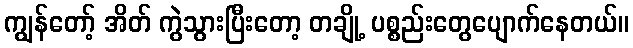
ကျွန်တော့် အိတ် ကွဲသွားပြီးတော့ တချို့ ပစ္စည်းတွေပျောက်နေတယ်။